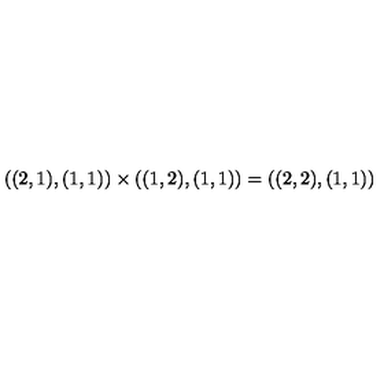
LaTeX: ( ( 2 , 1 ) , ( 1 , 1 ) ) \times ( ( 1 , 2 ) , ( 1 , 1 ) ) = ( ( 2 , 2 ) , ( 1 , 1 ) )